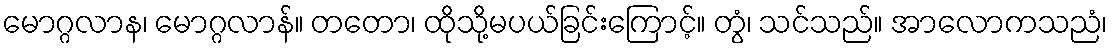
မောဂ္ဂလာန၊ မောဂ္ဂလာန်။ တတော၊ ထိုသို့မပယ်ခြင်းကြောင့်။ တွံ၊ သင်သည်။ အာလောကသညံ၊